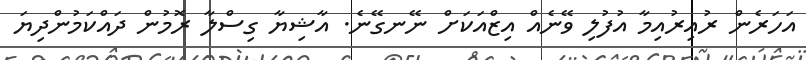
އަހަރެން ރުއިރުއިމާ އުފުލި ވޭނެއް އިޒްއަކަށް ނޭނގޭނެ. އާޝިޔާ ގިސްލާ ރޮމުން ދައްކަމުންދިޔަ